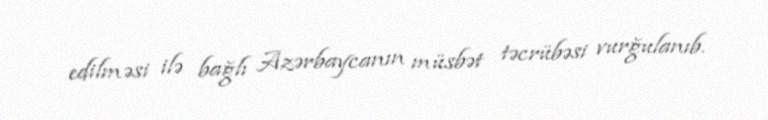
edilməsi ilə bağlı Azərbaycanın müsbət təcrübəsi vurğulanıb.